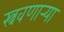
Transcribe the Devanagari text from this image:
स्त्रवणार्‍या